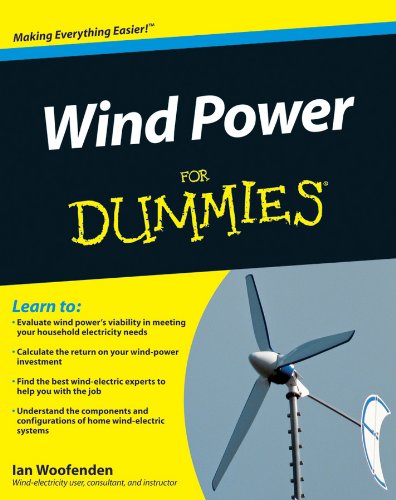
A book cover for Wind Power For Dummies; Ian Woofenden; Engineering & Transportation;